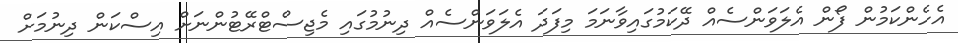
އެހެންކަމުން ފޯން އެލަވަންސެއް ދޭކަމުގައިވާނަމަ މިފަދަ އެލަވަންސެއް ދިނުމުގައި މެޖިސްޓްރޭޓުންނަށް އިސްކަން ދިނުމަށް